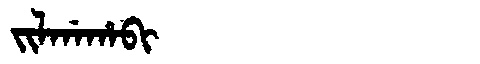
Manchu: ᠵᡳᠯᡤᠠᡥᠠᠪᡳ
Romanization: JILGAHABI